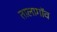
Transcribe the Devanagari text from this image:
तालागॉव